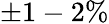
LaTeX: \pm 1-2\%